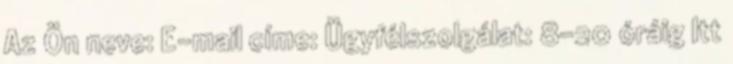
Az Ön neve: E-mail címe: Ügyfélszolgálat: 8-20 óráig Itt